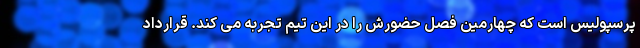
پرسپولیس است که چهارمین فصل حضورش را در این تیم تجربه می کند. قرارداد